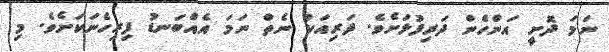
ނަމަ ދޮށީ އަންހެން ދަރިފުޅަށެވެ. ދަރިއަކު ނެތް ނަމަ އެއްބަނޑު ފިރިހެނަކަށެވެ. މި